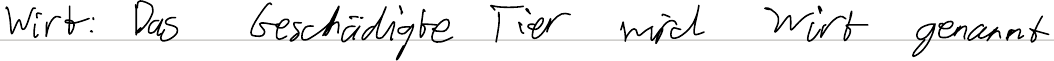
Wirt: Das Geschädigte Tier wird Wirt genannt